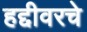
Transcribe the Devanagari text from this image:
हद्दीवरचे